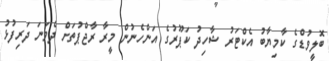
ބޮލީވުޑްގެ ކާމިޔާބު އެކްޓަރު ޝާހިދު ކަޕޫރުގެ އަންހެނުން މީރާ ރާޖްޕުތަށް ދެވަނަ ދަރިފުޅު